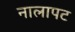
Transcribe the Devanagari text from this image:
नालापट